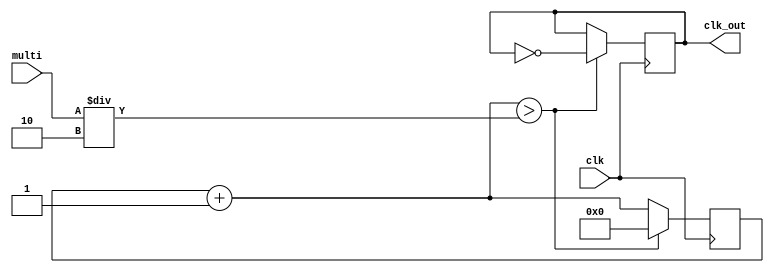
// Created by wxk14, 2015.12
//   time divider

module timedivider(
	clk, multi,
	clk_out
);

// input & output
input clk;
input[31:0] multi;
output reg clk_out;

// counter
reg[31:0] cnt;

always @ (posedge clk)
begin
	cnt = cnt + 1;
	
	/**** TESTBENCH *** only! ***/
	//if (cnt > multi/10000)
	if (cnt > multi/2) 
    
	begin
		clk_out = ~ clk_out;
		cnt = 0;
	end
end

endmodule